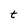
Character: t